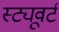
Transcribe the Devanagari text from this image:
स्ट्यूवर्ट